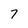
Character: 7